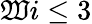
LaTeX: \mathfrak{W}i\leq3